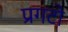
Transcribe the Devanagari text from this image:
प्रगटो